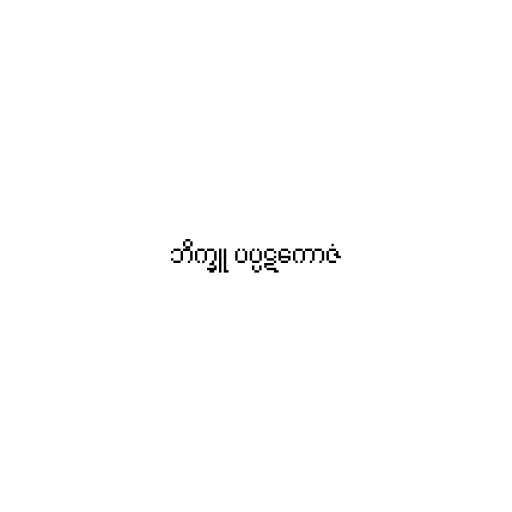
ဘိက္ခူ ပပ္ပဋကောဇံ